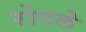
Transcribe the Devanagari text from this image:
रोटले